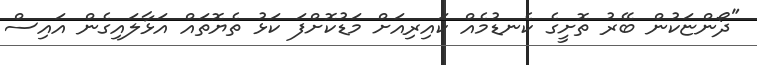
"ދޯންޏަކުން ބޭރު ތޮށީގެ ކެނޑުމެއް ކައިރިއަށް މަޑުކޮށްފަ ކަޅު ތެޔޮތައް އަޅާލައިގެން އައިސް